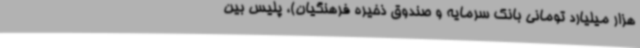
هزار میلیارد تومانی بانک سرمایه و صندوق ذخیره فرهنگیان)، پلیس بین